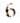
6